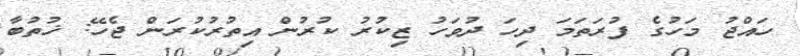
ހައްޖު މަހުގެ ފުރަތަމަ ދިހަ ދުވަހު ޒިކުރު ކުރުން އިތުުރުކުރަން ޖެހޭ: ޚުތުބާ